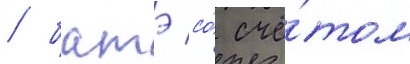
/ батэ со́ счё́том